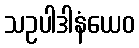
သဥပါဒါနံယေဝ